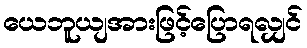
ယေဘူယျအားဖြင့်ပြောရလျှင်